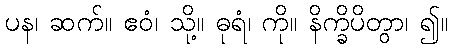
ပန၊ ဆက်။ ဧဝံ၊ သို့။ ဓုရံ၊ ကို။ နိက္ခိပိတွာ၊ ၍။